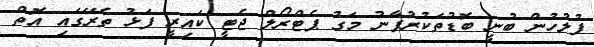
ފުލުހުން ބުނީ ބޮޑުތަކުރުފާނު މަގު ޕެޓްރޯލް ޖެޓީ ކައިރީ ފަޅު ތެރޭގައި އޮތް